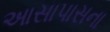
આસાપાસના